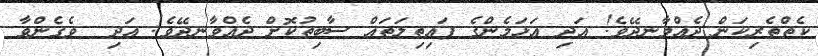
ކެތްތެރިކަން ދެއްވާނދޭވެ! އަދި އަޅަމެންގެ ފައިތިލަތައް ސާބިތުކޮށް ދެއްވާނދޭވެ! އަދި  ވެގެންވާ